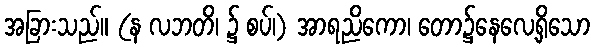
အခြားသည်။ (န လဘတိ၊ ၌ စပ်၊) အာရညိကော၊ တော၌နေလေ့ရှိသော